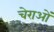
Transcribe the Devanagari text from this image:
चेराओं